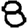
Digit: 8